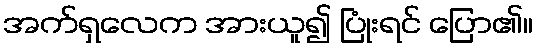
အက်ရှလေက အားယူ၍ ပြုံးရင် ပြော၏။